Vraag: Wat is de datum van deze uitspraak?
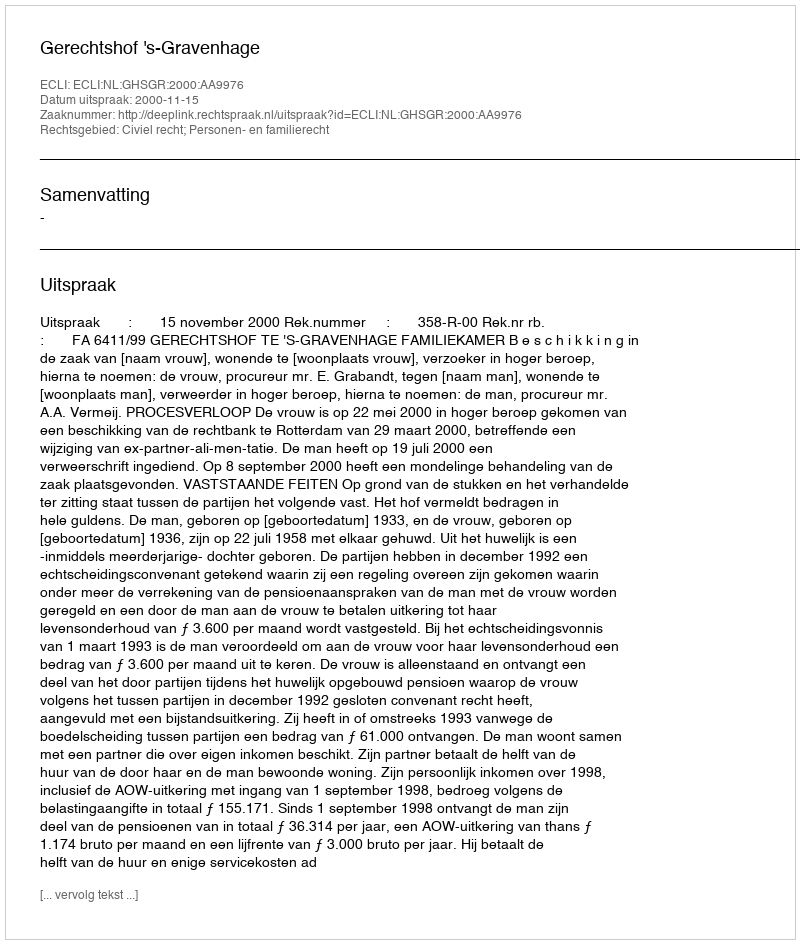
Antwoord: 2000-11-15